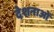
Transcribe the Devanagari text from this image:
देशनाओं